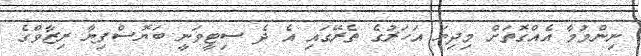
ނިންމުމާ އެއްގޮތަށް މިދިޔަ އަހަރުގެ ތެރޭގައި އެ ދެ ސިޓީވަނީ ބަޔޮސްފިޔާ ރިޒާވްގެ